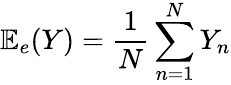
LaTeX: {\mathbb E}_{e}(Y)=\frac{1}{N}\sum_{n=1}^{N}Y_{n}